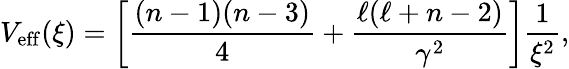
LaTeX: V_{\mathrm{eff}}(\xi)=\left[\frac{(n-1)(n-3)}{4}+\frac{\ell(\ell+n-2)}{\gamma^{2}}\right]\frac{1}{\xi^{2}},